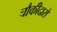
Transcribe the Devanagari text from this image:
चौकीदारो